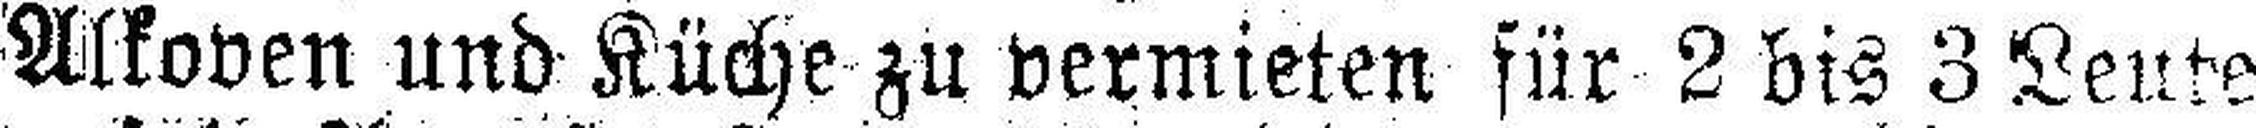
Alkoven und Küche zu vermieten für 2 bis 3 Leute